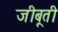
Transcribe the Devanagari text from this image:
जीबूती